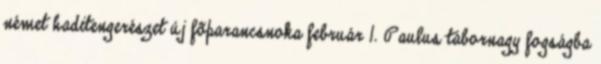
német haditengerészet új fõparancsnoka február 1. Paulus tábornagy fogságba